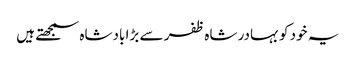
یہ خود کو بہادر شاہ ظفر سے بڑا بادشاہ سمجھتے ہیں